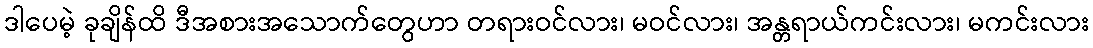
ဒါပေမဲ့ ခုချိန်ထိ ဒီအစားအသောက်တွေဟာ တရားဝင်လား၊ မဝင်လား၊ အန္တရာယ်ကင်းလား၊ မကင်းလား